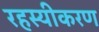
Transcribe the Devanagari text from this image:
रहस्यीकरण